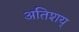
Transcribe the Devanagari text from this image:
अतिशय्